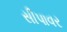
સીપાવર